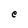
Character: e